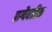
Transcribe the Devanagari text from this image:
प्राग्वैवाहिक